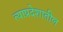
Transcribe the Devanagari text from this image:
त्याप्रदेशातील